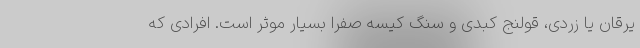
یرقان یا زردی، قولنج کبدی و سنگ کیسه صفرا بسیار موثر است. افرادی که